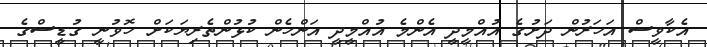
އެކާވީސް އަހަރުން ދަށުގެ އުއްމީދީ އެންމެ އުއްމީދީ އަންހެން ކުޅުންތެރިޔަކަށް ހޮވުނީ ގުޑީސްގެ